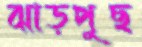
ঝাড়পুছ